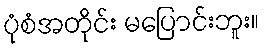
ပုံစံအတိုင်း မပြောင်းဘူး။